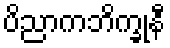
ပိညာကဘိက္ခုနီ